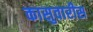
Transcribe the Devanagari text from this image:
कासुवारीस